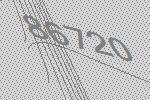
86720